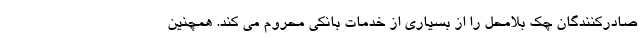
صادرکنندگان چک بلامحل را از بسیاری از خدمات بانکی محروم می کند. همچنین